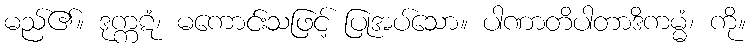
မည်၏။ ဒုက္ကဋံ၊ မကောင်းသဖြင့် ပြုအပ်သော။ ပါဏာတိပါတာဒိကမ္မံ၊ ကို။